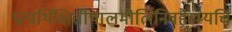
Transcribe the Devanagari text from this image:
प्रत्यर्थिक्षितीपालमौलिनिवहैरभ्यर्चि